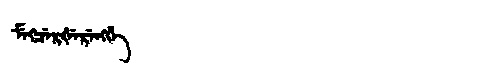
Manchu: ᠮᡝᡴᠴᡝᡵᡧᡝᡵᡝᠩᡤᡝ
Romanization: MEKCERŠERENGGE